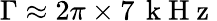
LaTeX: \Gamma\approx 2\pi\times 7\, \mathrm{~k~H~z~}